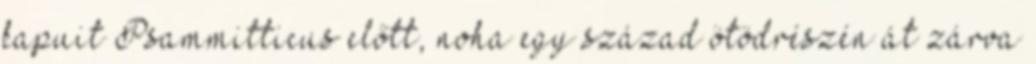
kapuit Psammitticus előtt, noha egy század ötödrészén át zárva